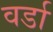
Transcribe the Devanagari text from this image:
वर्डा